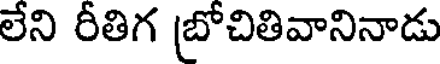
లేని రీతిగ (బోచితివానినాడు